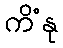
ကိံနု